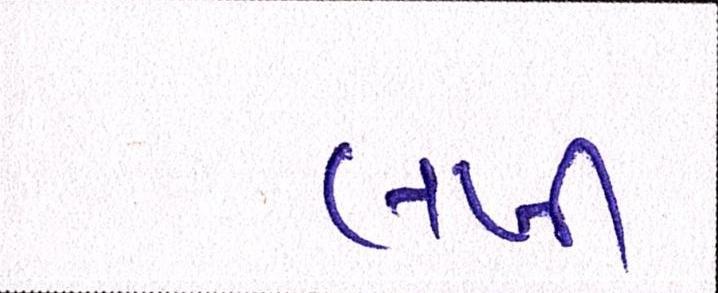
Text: લખી